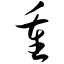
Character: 重